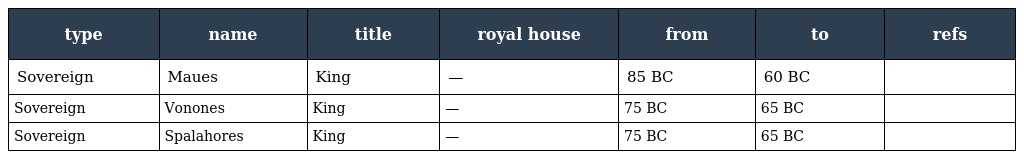
| type | name | title | royal house | from | to | refs |
 | --- | --- | --- | --- | --- | --- | --- |
 | Sovereign | Maues | King | — | 85 BC | 60 BC |  |
 | Sovereign | Vonones | King | — | 75 BC | 65 BC |  |
 | Sovereign | Spalahores | King | — | 75 BC | 65 BC |  |